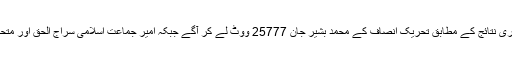
این اے 7 لوئر دیر: 111 پولنگ اسٹیشنز کے غیرسرکاری نتائج کے مطابق تحریک انصاف کے محمد بشیر جان 25777 ووٹ لے کر آگے جبکہ امیر جماعت اسلامی سراج الحق اور متحدہ مجلس عمل کے نائب صدر 16584 لے کر پیچھے۔